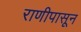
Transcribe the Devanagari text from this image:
राणीपासून